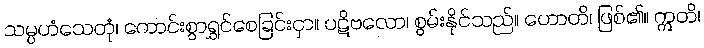
သမ္ပဟံသေတုံ၊ ကောင်းစွာရွှင်စေခြင်းငှာ။ ပဋိဗလော၊ စွမ်းနိုင်သည်။ ဟောတိ၊ ဖြစ်၏။ ဣတိ၊